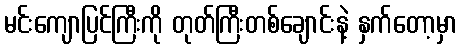
မင်းကျောပြင်ကြီးကို တုတ်ကြီးတစ်ချောင်းနဲ့ နှက်တော့မှာ